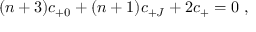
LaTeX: ( n + 3 ) c _ { + 0 } + ( n + 1 ) c _ { + J } + 2 c _ { + } = 0 \ ,